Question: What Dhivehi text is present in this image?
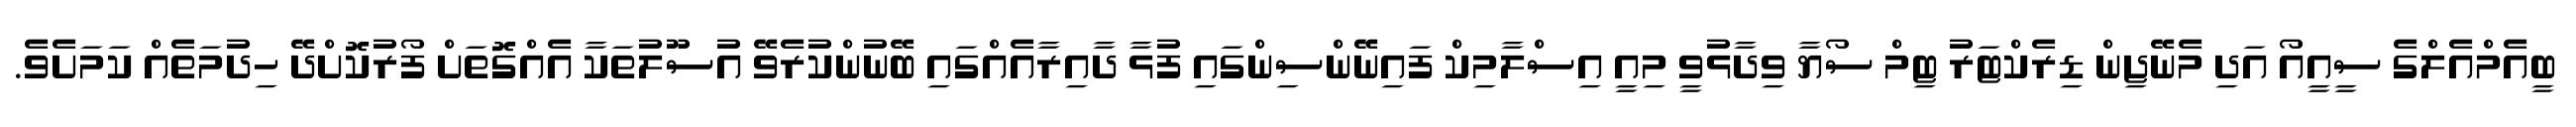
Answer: ބީއެމްއެލްގެ ސީއީއޯ އަދި މެނޭޖިން ޑިރެކްޓަރު ޓިމް ސޯޔާ ވިދާޅުވީ މިއީ އިސްލާމިކް ފައިނޭންސިންގައި ފުޅާ ދާއިރާއެއްގައި ބޭނުންކުރެވޭ އުސޫލުތަކާ އެއްގޮތަށް ފޯރުކޮށްދޭ ހިދުމަތެއް ކަމަށެވެ.